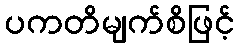
ပကတိမျက်စိဖြင့်